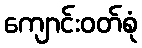
ကျောင်းဝတ်စုံ